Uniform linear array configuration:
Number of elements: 16
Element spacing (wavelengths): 0.25
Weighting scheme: uniform
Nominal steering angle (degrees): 45
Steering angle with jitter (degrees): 44.165
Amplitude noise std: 0.05
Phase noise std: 0.05

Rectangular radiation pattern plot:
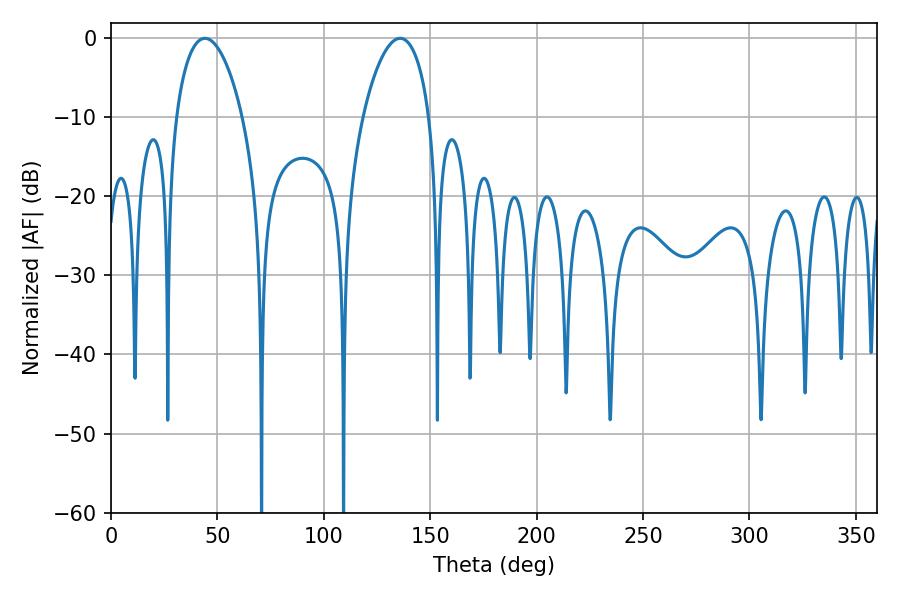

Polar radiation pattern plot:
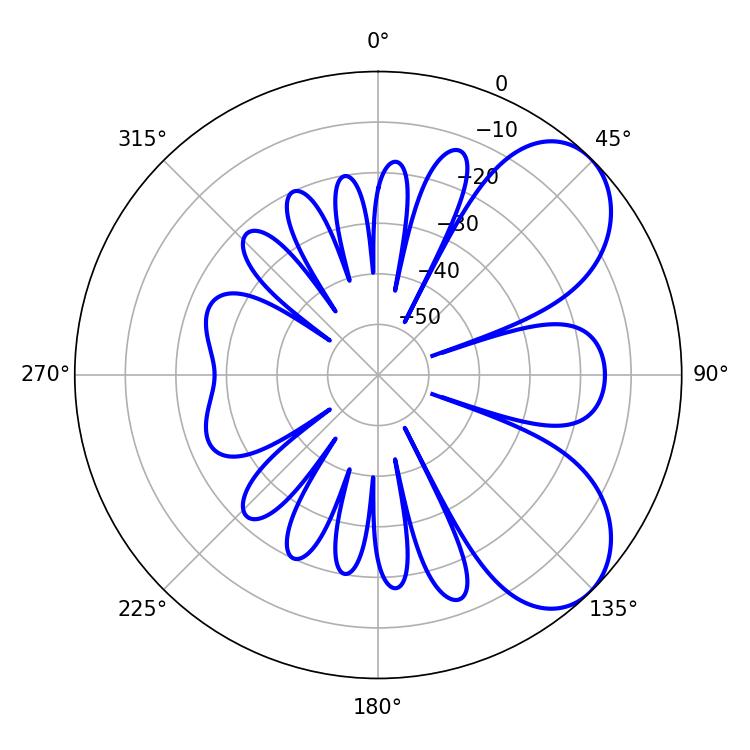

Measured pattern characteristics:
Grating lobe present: FALSE
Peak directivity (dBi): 6.326
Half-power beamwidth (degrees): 17.64
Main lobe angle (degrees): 44.1